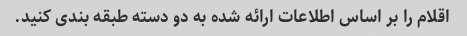
اقلام را بر اساس اطلاعات ارائه شده به دو دسته طبقه بندی کنید.